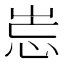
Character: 𡷢